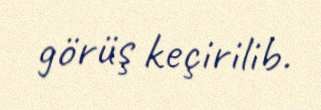
görüş keçirilib.